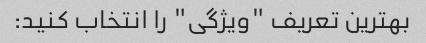
بهترین تعریف "ویژگی" را انتخاب کنید: